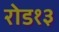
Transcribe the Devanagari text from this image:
रोड१३